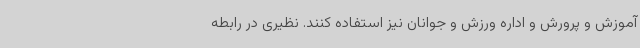
آموزش و پرورش و اداره ورزش و جوانان نیز استفاده کنند. نظیری در رابطه